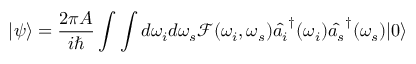
| \psi \rangle = \frac { 2 \pi A } { i \hbar } \int \int d \omega _ { i } d \omega _ { s } \mathcal { F } ( \omega _ { i } , \omega _ { s } ) \hat { a _ { i } } ^ { \dagger } ( \omega _ { i } ) \hat { a _ { s } } ^ { \dagger } ( \omega _ { s } ) | 0 \rangle